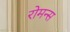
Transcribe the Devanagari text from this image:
रोमन्स